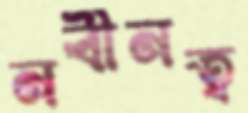
নবীনত্ব